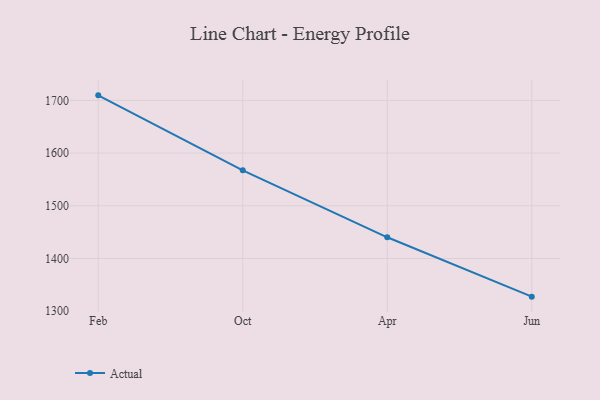
{"axis": {"x": "Month", "y": "Inventory Turnover"}, "legend": ["Actual"], "data": [{"x": "Feb", "y": 1709.5, "type": "Actual"}, {"x": "Oct", "y": 1567.3, "type": "Actual"}, {"x": "Apr", "y": 1440.2, "type": "Actual"}, {"x": "Jun", "y": 1327.6, "type": "Actual"}]}